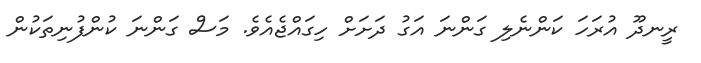
ރީނދޫ އުރަހަ ކަންނެލި ގަންނަ އަގު ދަށަށް ހިގައްޖެއެވެ. މަސް ގަންނަ ކުންފުނިތަކުން